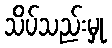
သိပ်သည်းမှု